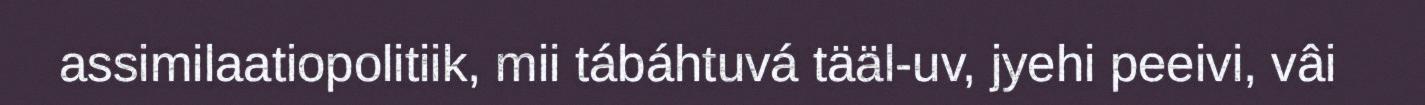
assimilaatiopolitiik, mii tábáhtuvá tääl-uv, jyehi peeivi, vâi